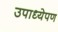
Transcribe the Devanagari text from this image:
उपाध्येपण